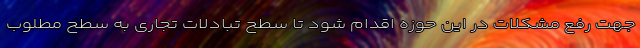
جهت رفع مشکلات در این حوزه اقدام شود تا سطح تبادلات تجاری به سطح مطلوب